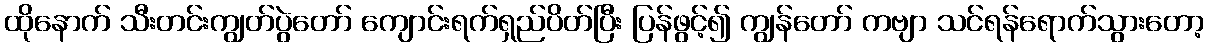
ထိုနောက် သီးတင်းကျွတ်ပွဲတော် ကျောင်းရက်ရှည်ပိတ်ပြီး ပြန်ဖွင့်၍ ကျွန်တော် ကဗျာ သင်ရန်ရောက်သွားတော့